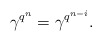
\begin{align*} \gamma^{q^n}=\gamma^{q^{n-i}}. \end{align*}